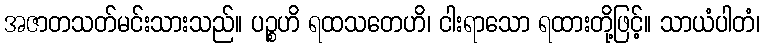
အဇာတသတ်မင်းသားသည်။ ပဉ္စဟိ ရထသတေဟိ၊ ငါးရာသော ရထားတို့ဖြင့်။ သာယံပါတံ၊